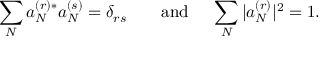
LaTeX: \sum _ { N } a _ { N } ^ { ( r ) * } a _ { N } ^ { ( s ) } = \delta _ { r s } \qquad \mathrm { a n d ~ } \quad \sum _ { N } | a _ { N } ^ { ( r ) } | ^ { 2 } = 1 .